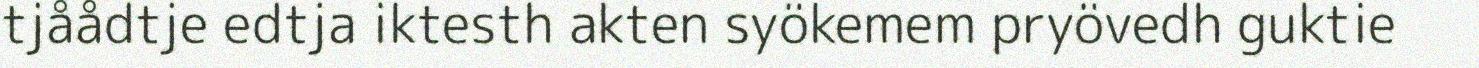
tjåådtje edtja iktesth akten syökemem pryövedh guktie